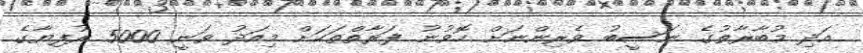
އަދި މުބާރާތުގެ ނަސީބު ވެރިންނަށް ހޮވުނު ފަރާތްތަކަށް މިއަދު ވަނީ 5000 ރުފިޔާގެ